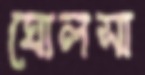
ঘোলসা